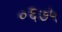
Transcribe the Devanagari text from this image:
०६७५